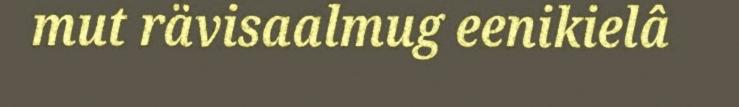
mut rävisaalmug eenikielâ